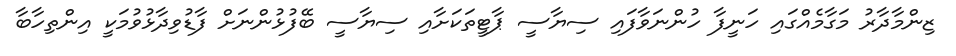
ޒިންމާދާރު މަގާމެއްގައި ހަނީފާ ހުންނަވާފައި ސިޔާސީ ޕާޓީތަކަށާއި ސިޔާސީ ބޭފުޅުންނަށް ފާޑުވިދާޅުވުމަކީ އިންތިހާބާ